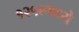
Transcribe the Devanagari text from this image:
१२५९मध्ये